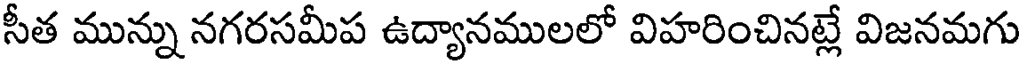
సీత మున్ను నగరసమీప ఉద్యానములలో విహరించినట్లే విజనమగు